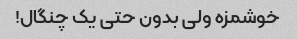
خوشمزه ولی بدون حتی یک چنگال!